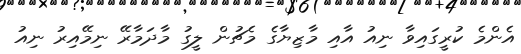
އެންމެ ކުރީގައިވާ ނިއު އާއި މާޒިޔާގެ މެޗުން ލީގު މާދަމާރޭ ނިމޭއިރު ނިއު